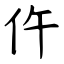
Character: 仵